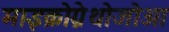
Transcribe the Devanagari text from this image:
माइक्रोग्नेथोजोआ